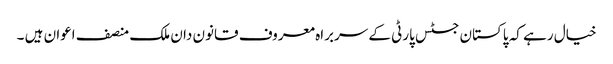
خیال رہے کہ پاکستان جسٹس پارٹی کے سربراہ معروف قانون دان ملک منصف اعوان ہیں ۔